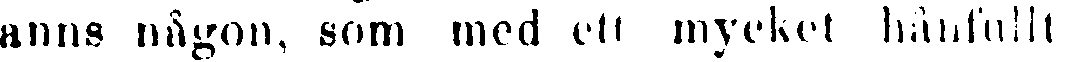
anns någon, som med ett mycket hånfullt